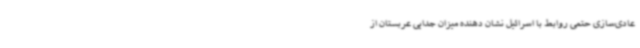
عادی‌سازی حتمی روابط با اسرائیل نشان دهنده میزان جدایی عربستان از